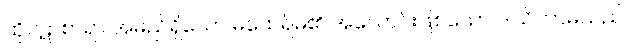
ထိုပဋာစာရာ အမည်ရှိသော မထေရ်မ၏ အလောင်းဖြစ်သော ဒါယိကာမသည်။